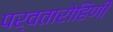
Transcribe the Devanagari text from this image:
पर्वतारोहिणी